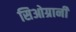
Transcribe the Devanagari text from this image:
सिओग्रानी